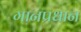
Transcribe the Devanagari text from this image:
गानप्रधान